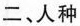
二、人种